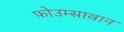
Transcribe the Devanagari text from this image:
फोउम्सावान